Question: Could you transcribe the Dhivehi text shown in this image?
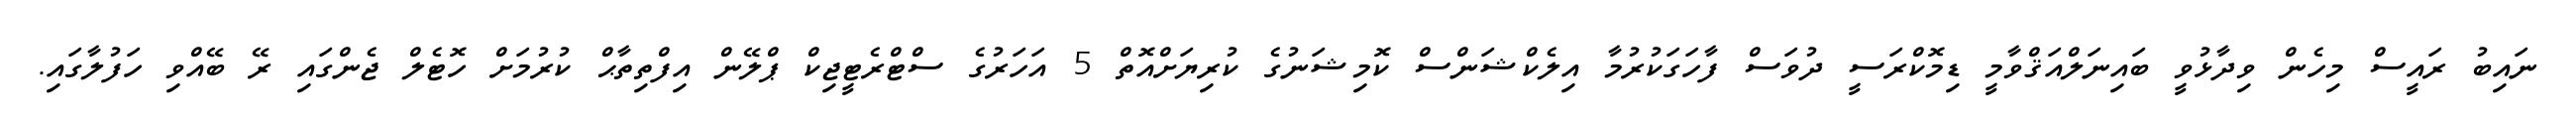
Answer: ނައިބު ރައީސް މިހެން ވިދާޅުވީ ބައިނަލްއަޤްވާމީ ޑިމޮކްރަސީ ދުވަސް ފާހަގަކުރުމާ އިލެކްޝަންސް ކޮމިޝަނުގެ ކުރިޔަށްއޮތް 5 އަހަރުގެ ސްޓްރެޓީޖިކް ޕްލޭން އިފްތިތާޙް ކުރުމަށް ހޮޓެލް ޖެންގައި ރޭ ބޭއްވި ހަފުލާގައި.